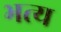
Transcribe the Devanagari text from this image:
भत्य